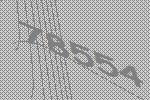
78554